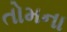
તોમના